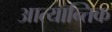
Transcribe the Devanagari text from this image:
आत्यान्तिक